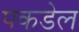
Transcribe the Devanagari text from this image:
पकडेल